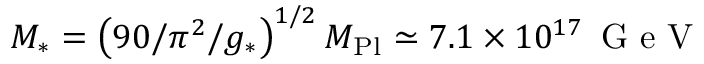
M _ { * } = \left( 9 0 / \pi ^ { 2 } / g _ { * } \right) ^ { 1 / 2 } M _ { \mathrm { P l } } \simeq 7 . 1 \times 1 0 ^ { 1 7 } \, \textrm { G e V }